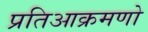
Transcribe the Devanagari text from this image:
प्रतिआक्रमणो